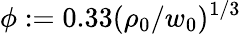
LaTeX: \phi:=0.33(\rho_{0}/w_{0})^{1/3}